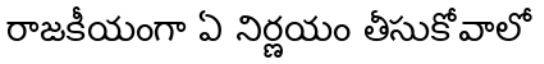
రాజకీయంగా ఏ నిర్ణయం తీసుకోవాలో